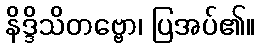
နိဒ္ဒိသိတဗ္ဗော၊ ပြအပ်၏။